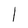
Character: 1